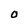
Character: O